Specificity of antivenomous sera (second communication) - Number 10
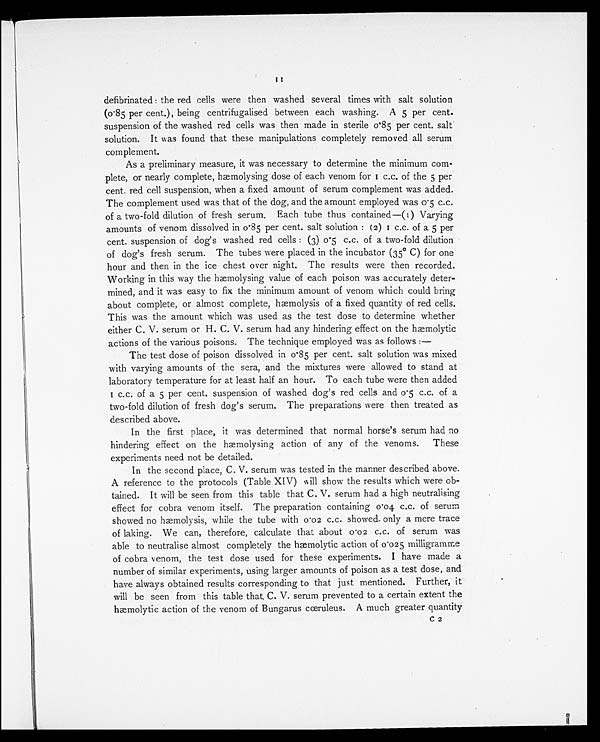
11
defibrinated : the red cells were then washed several times with salt solution
(0.85 per cent.), being centrifugalised between each washing. A 5 per cent.
suspension of the washed red cells was then made in sterile 0.85 per cent. salt
solution. It was found that these manipulations completely removed all serum
complement.
As a preliminary measure, it was necessary to determine the minimum com-
plete, or nearly complete, hæmolysing dose of each venom for 1 c.c. of the 5 per
cent. red cell suspension, when a fixed amount of serum complement was added.
The complement used was that of the dog, and the amount employed was 0.5 c.c.
of a two-fold dilution of fresh serum. Each tube thus contained—(1) Varying
amounts of venom dissolved in 0.85 per cent. salt solution : (2) 1 c.c. of a 5 per
cent. suspension of dog's washed red cells : (3) 0.5 c.c. of a two-fold dilution
of dog's fresh serum. The tubes were placed in the incubator (35º C) for one
hour and then in the ice chest over night. The results were then recorded.
Working in this way the hæmolysing value of each poison was accurately deter-
mined, and it was easy to fix the minimum amount of venom which could bring
about complete, or almost complete, hæmolysis of a fixed quantity of red cells.
This was the amount which was used as the test dose to determine whether
either C. V. serum or H. C. V. serum had any hindering effect on the hæmolytic
actions of the various poisons. The technique employed was as follows:
—
The test dose of poison dissolved in 0.85 per cent. salt solution was mixed
with varying amounts of the sera, and the mixtures were allowed to stand at
laboratory temperature for at least half an hour. To each tube were then added
1 c.c. of a 5 per cent. suspension of washed dog's red cells and 0.5 c.c. of a
two-fold dilution of fresh dog's serum. The preparations were then treated as
described above.
In the first place, it was determined that normal horse's serum had no
hindering effect on the hæmolysing action of any of the venoms. These
experiments need not be detailed.
In the second place, C. V. serum was tested in the manner described above.
A reference to the protocols (Table XIV) will show the results which were ob-
tained. It will be seen from this table that C. V. serum had a high neutralising
effect for cobra venom itself. The preparation containing 0.04 c.c. of serum
showed no hæmolysis, while the tube with 0.02 c.c. showed only a mere trace
of laking. We can, therefore, calculate that about 0.02 c.c. of serum was
able to neutralise almost completely the hæmolytic action of 0.025 milligramme
of cobra venom, the test dose used for these experiments. I have made a
number of similar experiments, using larger amounts of poison as a test dose, and
have always obtained results corresponding to that just mentioned. Further, it
will be seen from this table that C. V. serum prevented to a certain extent the
hæmolytic action of the venom of Bungarus cœruleus. A much greater quantity
C 2